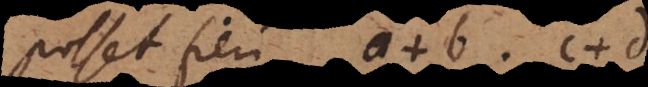
posset fieri a +